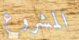
المشروع